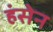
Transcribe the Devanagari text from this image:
हंसेन